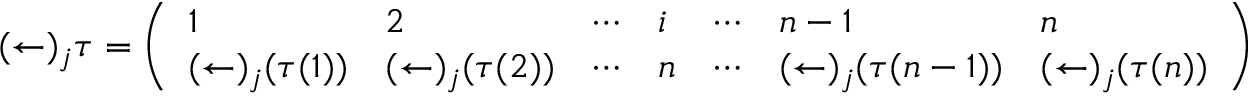
( \leftarrow ) _ { j } \tau = { \left( \begin{array} { l l l l l l l } { 1 } & { 2 } & { \cdots } & { i } & { \cdots } & { n - 1 } & { n } \\ { ( \leftarrow ) _ { j } ( \tau ( 1 ) ) } & { ( \leftarrow ) _ { j } ( \tau ( 2 ) ) } & { \cdots } & { n } & { \cdots } & { ( \leftarrow ) _ { j } ( \tau ( n - 1 ) ) } & { ( \leftarrow ) _ { j } ( \tau ( n ) ) } \end{array} \right) }